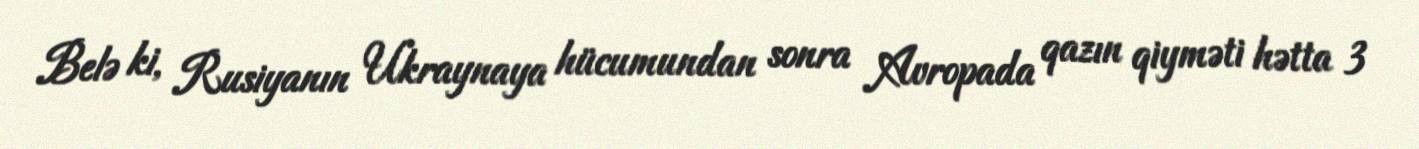
Belə ki, Rusiyanın Ukraynaya hücumundan sonra Avropada qazın qiyməti hətta 3